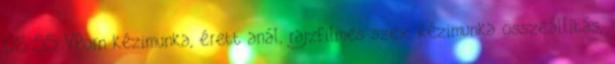
08:55 VPorn kézimunka, érett anál, rajzfilmes szex, kézimunka összeállítás,